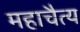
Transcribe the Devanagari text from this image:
महाचैत्‍य